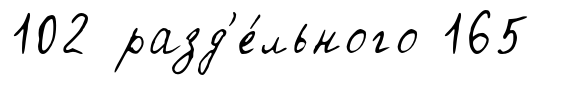
102 разд'е́льного 165